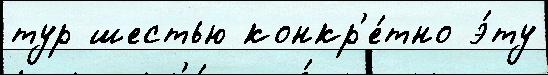
тур шестью конкр'е́тно э́ту